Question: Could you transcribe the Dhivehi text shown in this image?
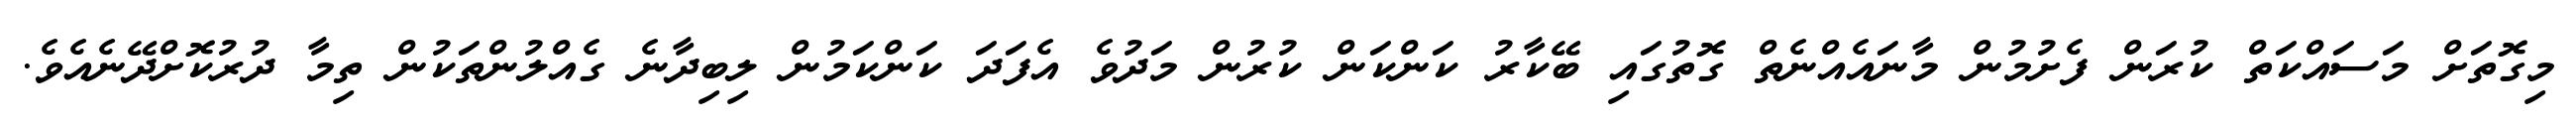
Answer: މިގޮތަށް މަސައްކަތް ކުރަން ފެށުމުން މާނައެއްނެތް ގޮތުގައި ބޭކާރު ކަންކަން ކުރުން މަދުވެ އެފަދަ ކަންކަމުން ލިބިދާނެ ގެއްލުންތަކުން ތިމާ ދުރުކޮށްދޭނެއެވެ.